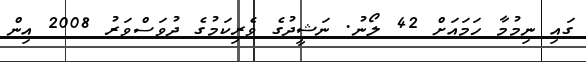
ގައި ނިމުމާ ހަމައަށް 42 ލޯނު. ނަޝީދުގެ ވެރިކަމުގެ ދުވަސްވަރު 2008 އިން